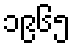
၁၉၆၅